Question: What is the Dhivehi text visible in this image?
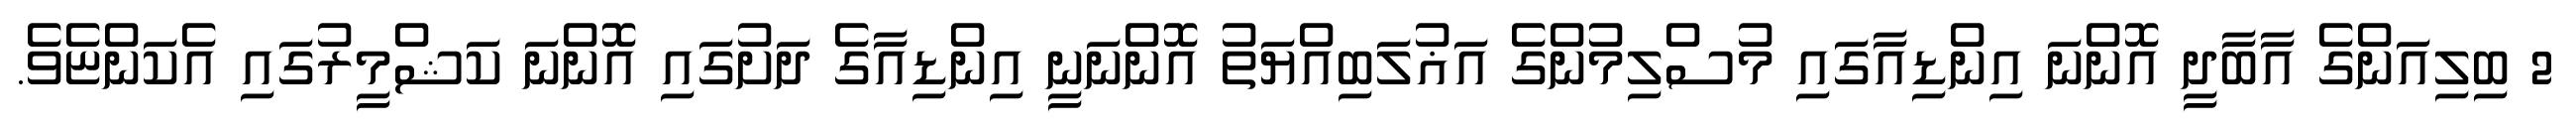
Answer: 2 ބިލިއަންގެ އާބާދީ އޮންނަ އިންޑިއާގައި މުސްލިމުންގެ އަޣުލަބިއްޔަތު އޮންނަނީ އިންޑިއާގެ ދަށުގައި އޮންނަ ކަޝްމީރުގައި އެކަންޏެވެ.